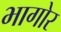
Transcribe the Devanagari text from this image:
भागोर